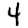
Digit: 4